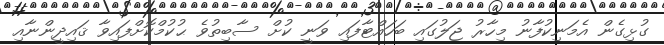
ގުޅިގެން އެމަނިކުފާނު މިހާރު ޖަލުގައި ބަހައްޓާފައި ވަނީ ކުށް ސާބިތުވެ ޙުކުމްކޮށްފައިވާ ޤައިދީންނާއި